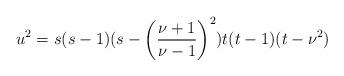
LaTeX: \begin{align*} u^2 = s(s-1)(s-\left(\frac{\nu+1}{\nu-1}\right)^2)t(t-1)(t-\nu^2)\end{align*}